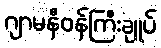
ဂျာမနီဝန်ကြီးချုပ်